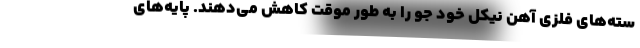
سته‌های فلزی آهن نیکل خود جو را به طور موقت کاهش می‌دهند. پایه‌های